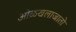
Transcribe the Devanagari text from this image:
ओळखलाजातो